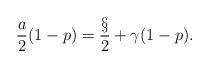
LaTeX: \begin{align*}\frac{a}{2}(1-p)=\frac{\S}{2}+\gamma(1-p).\end{align*}